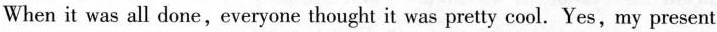
When it was all done,everyone thought it was pretty cool.Yes,my present